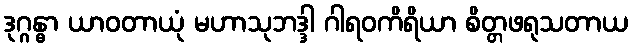
ဒုဂ္ဂန္ဓာ ယာဝတာယုံ မဟာသုဘဒ္ဒါ ဂါရဝကိရိယာ စိတ္တဖရုသတာယ